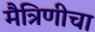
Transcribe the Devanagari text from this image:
मैत्रिणीचा